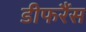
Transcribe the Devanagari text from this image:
डीफरैंस